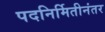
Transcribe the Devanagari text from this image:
पदनिर्मितीनंतर